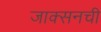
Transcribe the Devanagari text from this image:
जाक्सनची